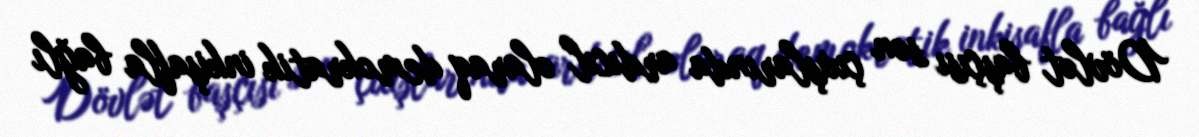
Dövlət başçısı son çıxışlarında ardıcıl olaraq demokratik inkişafla bağlı